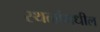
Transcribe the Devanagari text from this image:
स्थळांमधील